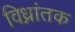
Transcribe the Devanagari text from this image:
विध्नांतक